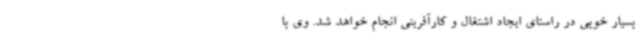
بسیار خوبی در راستای ایجاد اشتغال و کارآفرینی انجام خواهد شد. وی با